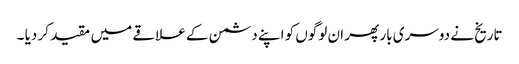
تاریخ نے دوسری بار پھر ان لوگوں کو اپنے دشمن کے علاقے میں مقید کر دیا ۔